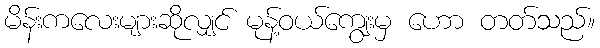
မိန်းကလေးများဆိုလျှင် မုန့်ဝယ်ကျွေးမှ ဟော တတ်သည်။